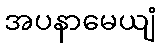
အပနာမေယျံ